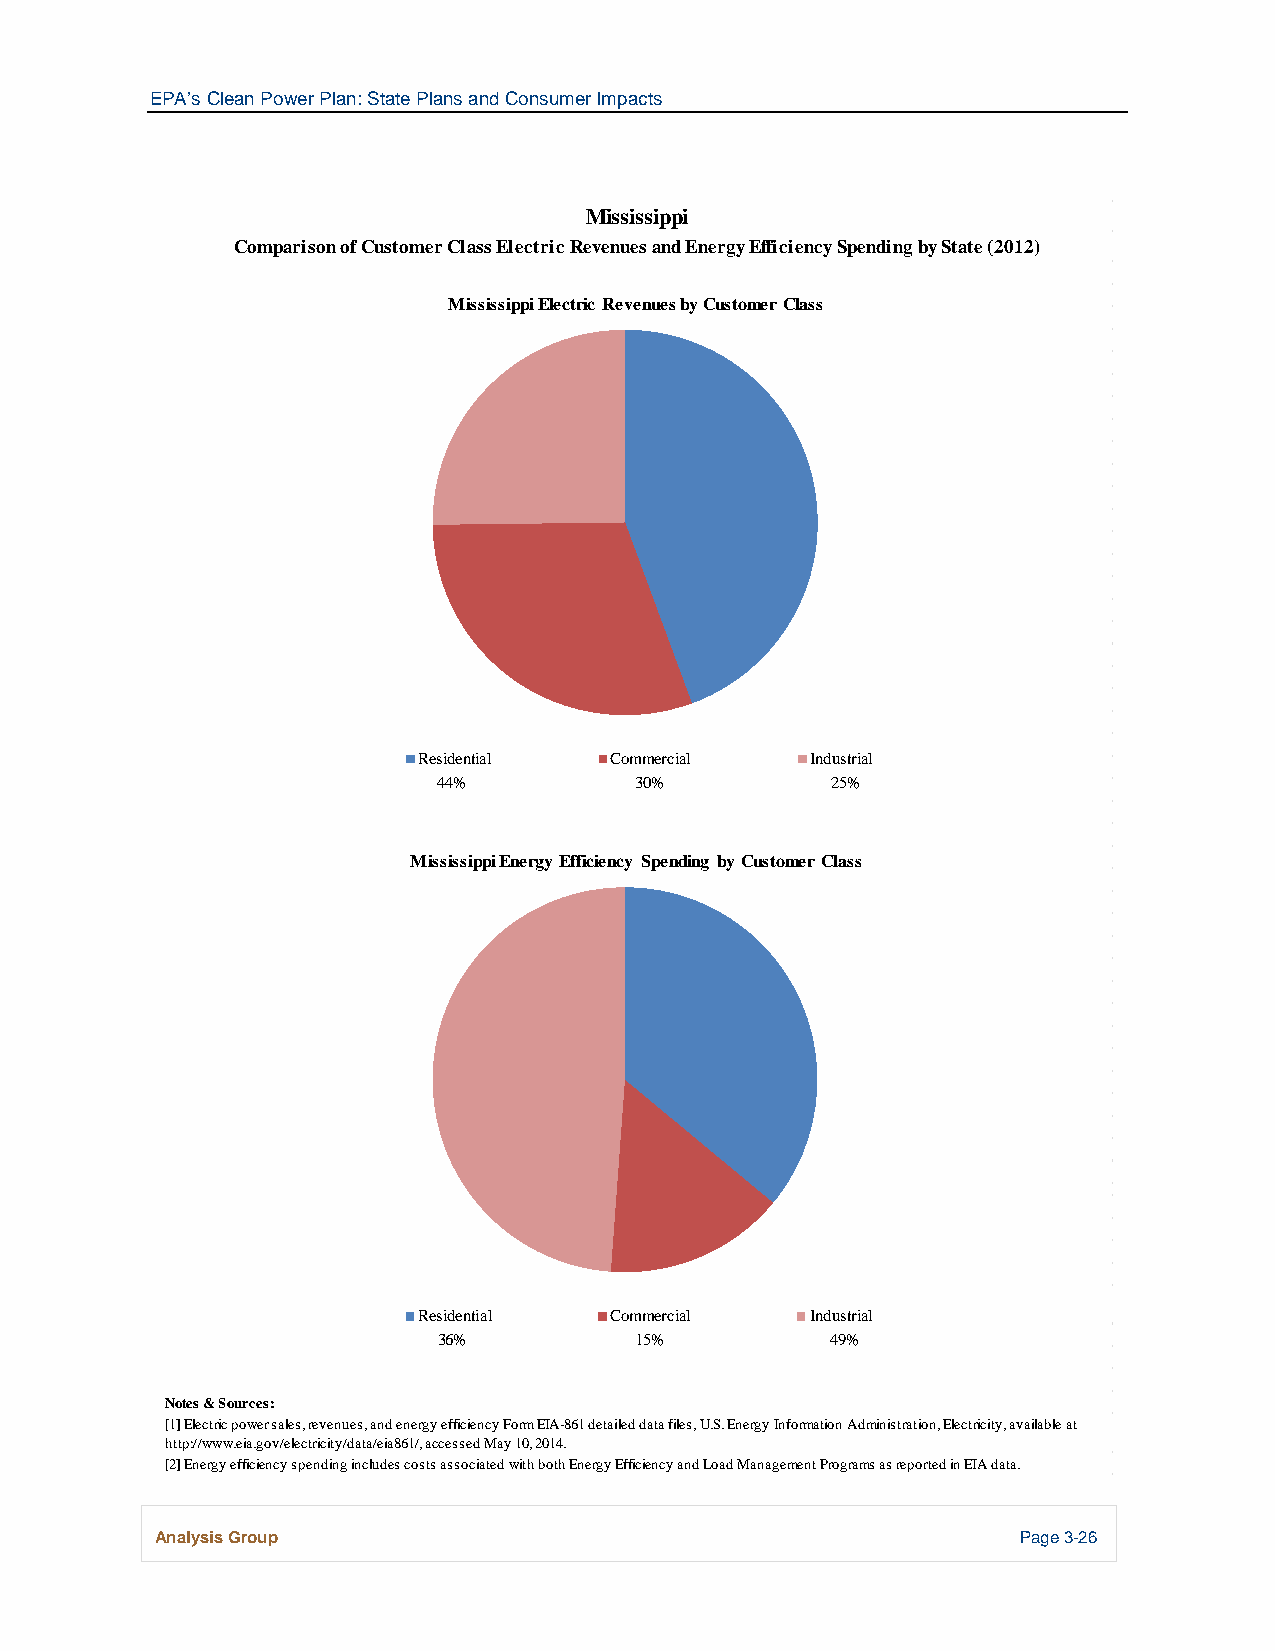
EPA’s Clean Power Plan: State Plans and Consumer Impacts
 Mississippi
 Comparison of Customer Class Electric Revenues and Energy Efficiency Spending by State (2012)
 Mississippi Electric Revenues by Customer Class
 Residential Commercial    Industrial
 44%          30%          25%
 Mississippi Energy Efficiency Spending by Customer Class
 Residential Commercial    Industrial
 36%          15%          49%
 Notes & Sources:
 [1] Electric power sales, revenues, and energy efficiency Form EIA-861 detailed data files, U.S. Energy Information Administration, Electricity, available at
 http://www.eia.gov/electricity/data/eia861/, accessed May 10, 2014.
 [2] Energy efficiency spending includes costs associated with both Energy Efficiency and Load Management Programs as reported in EIA data.
 Analysis Group                                            Page 3-26